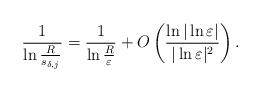
LaTeX: \begin{align*}\frac{1}{\ln\frac{R}{s_{\delta,j}}}=\frac{1}{\ln\frac{R}{\varepsilon}}+O\left( \frac{\ln|\ln\varepsilon|}{|\ln\varepsilon|^2}\right) .\end{align*}